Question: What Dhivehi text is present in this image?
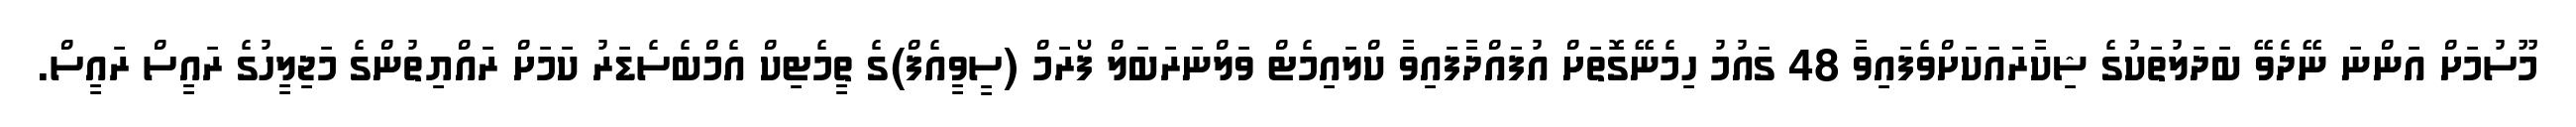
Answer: މޫސުމަށް އަންނަ ނޭދެވޭ ބަދަލުތަކުގެ ޝިކާރައަކަށްވެފައިވާ 48 ގައުމު ހިމެނޭގޮތަށް އުފައްދާފައިވާ ކްލައިމެޓް ވަލްނަރަބަލް ފޯރަމް (ސީވީއެފް)ގެ ތީމެޓިކް އެމްބެސެޑަރު ކަމަށް ރައްޔިތުންގެ މަޖިލީހުގެ ރައީސް ރައީސް.